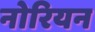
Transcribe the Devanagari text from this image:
नोरियन